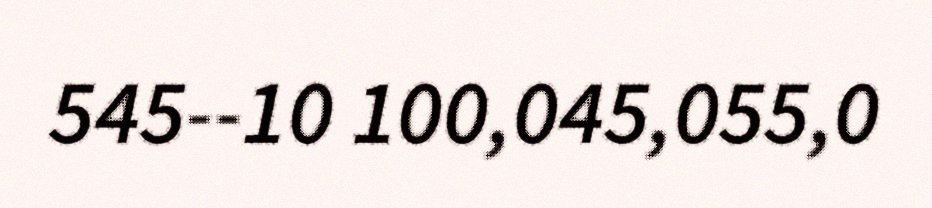
545--10 100,045,055,0